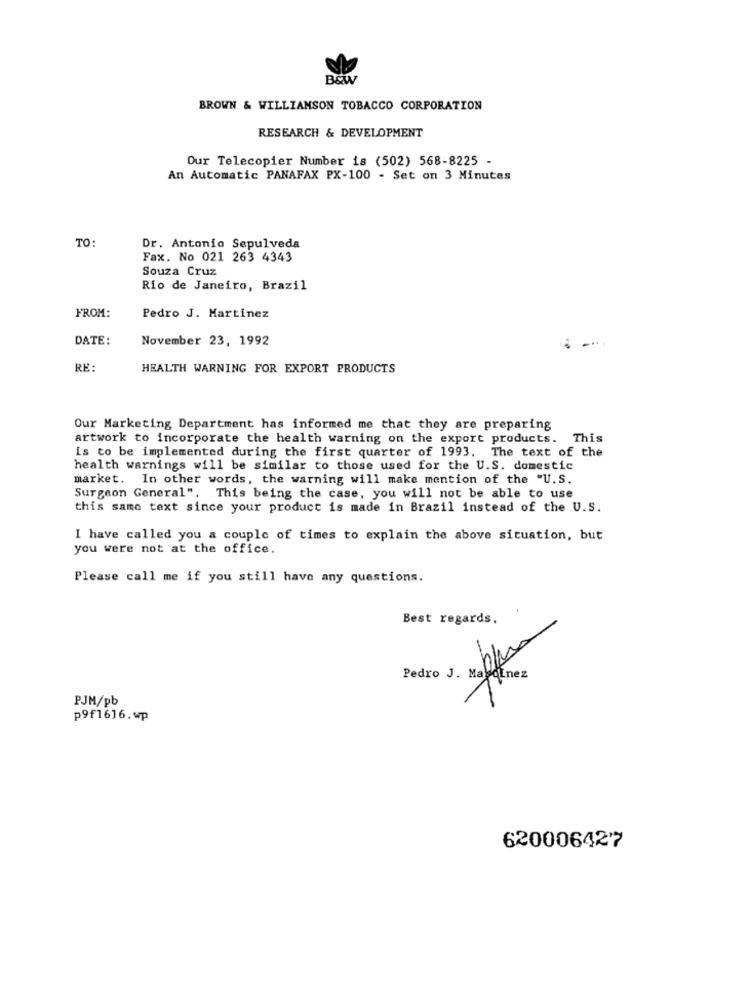
B&W
BROWN & WILLIAMSON TOBACCO CORPORATION
RESEARCH & DEVELOPMENT
Our Telecopier Number is (502) 568-8225 -
An Automatic PANAFAX PX-100 - Set on 3 Minutes
TO:
Dr. Antonio Sepulveda
Fax. No 021 263 4343
Souza Cruz
Rio de Janeiro, Brazil
FROM:
Pedro J. Martinez
DATE:
November 23, 1992
RE:
HEALTH WARNING FOR EXPORT PRODUCTS
Our Marketing Department has informed me that they are preparing
artwork to incorporate the health warning on the export products. This
is to be implemented during the first quarter of 1993. The text of the
health warnings will be similar to those used for the U.S. domestic
market. In other words, the warning will make mention of the "U.S.
Surgeon General". This being the case, you will not be able to use
this same text since your product is made in Brazil instead of the U.S.
I have called you a couple of times to explain the above situation, but
you were not at the office.
Please call me if you still have any questions.
.
Best regards.
PJM/pb
p9f1616.wp
620006427